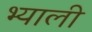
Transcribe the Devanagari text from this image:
भ्याली